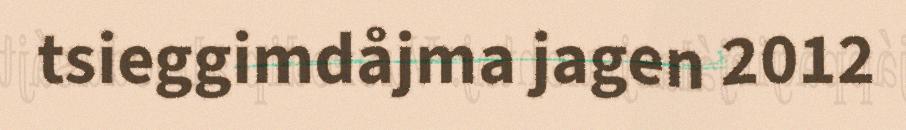
tsieggimdåjma jagen 2012